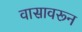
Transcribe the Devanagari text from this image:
वासावरून